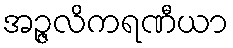
အဉ္ဇလိကရဏီယာ